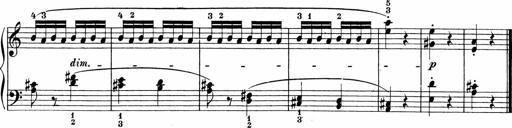
Title: 3 Sonatinas
Composer: Carl Reinecke